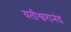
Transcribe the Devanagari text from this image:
यतीश्वरानंद